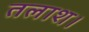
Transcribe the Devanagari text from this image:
तलाश।